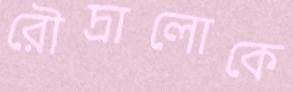
রৌদ্রালোকে